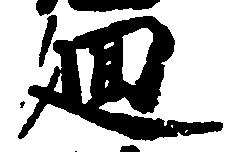
廻